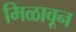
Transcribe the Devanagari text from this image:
मिळावून